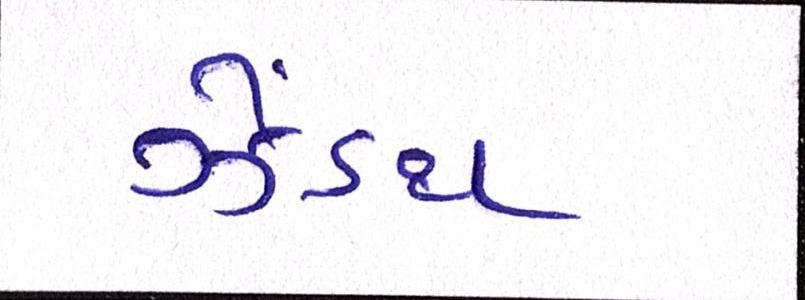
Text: ઝેંઽથ